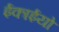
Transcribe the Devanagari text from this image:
ईकाईयो